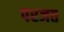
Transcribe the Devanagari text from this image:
परजत